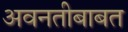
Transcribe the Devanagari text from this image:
अवनतीबाबत